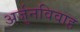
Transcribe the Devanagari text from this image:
अर्जुनविवाह